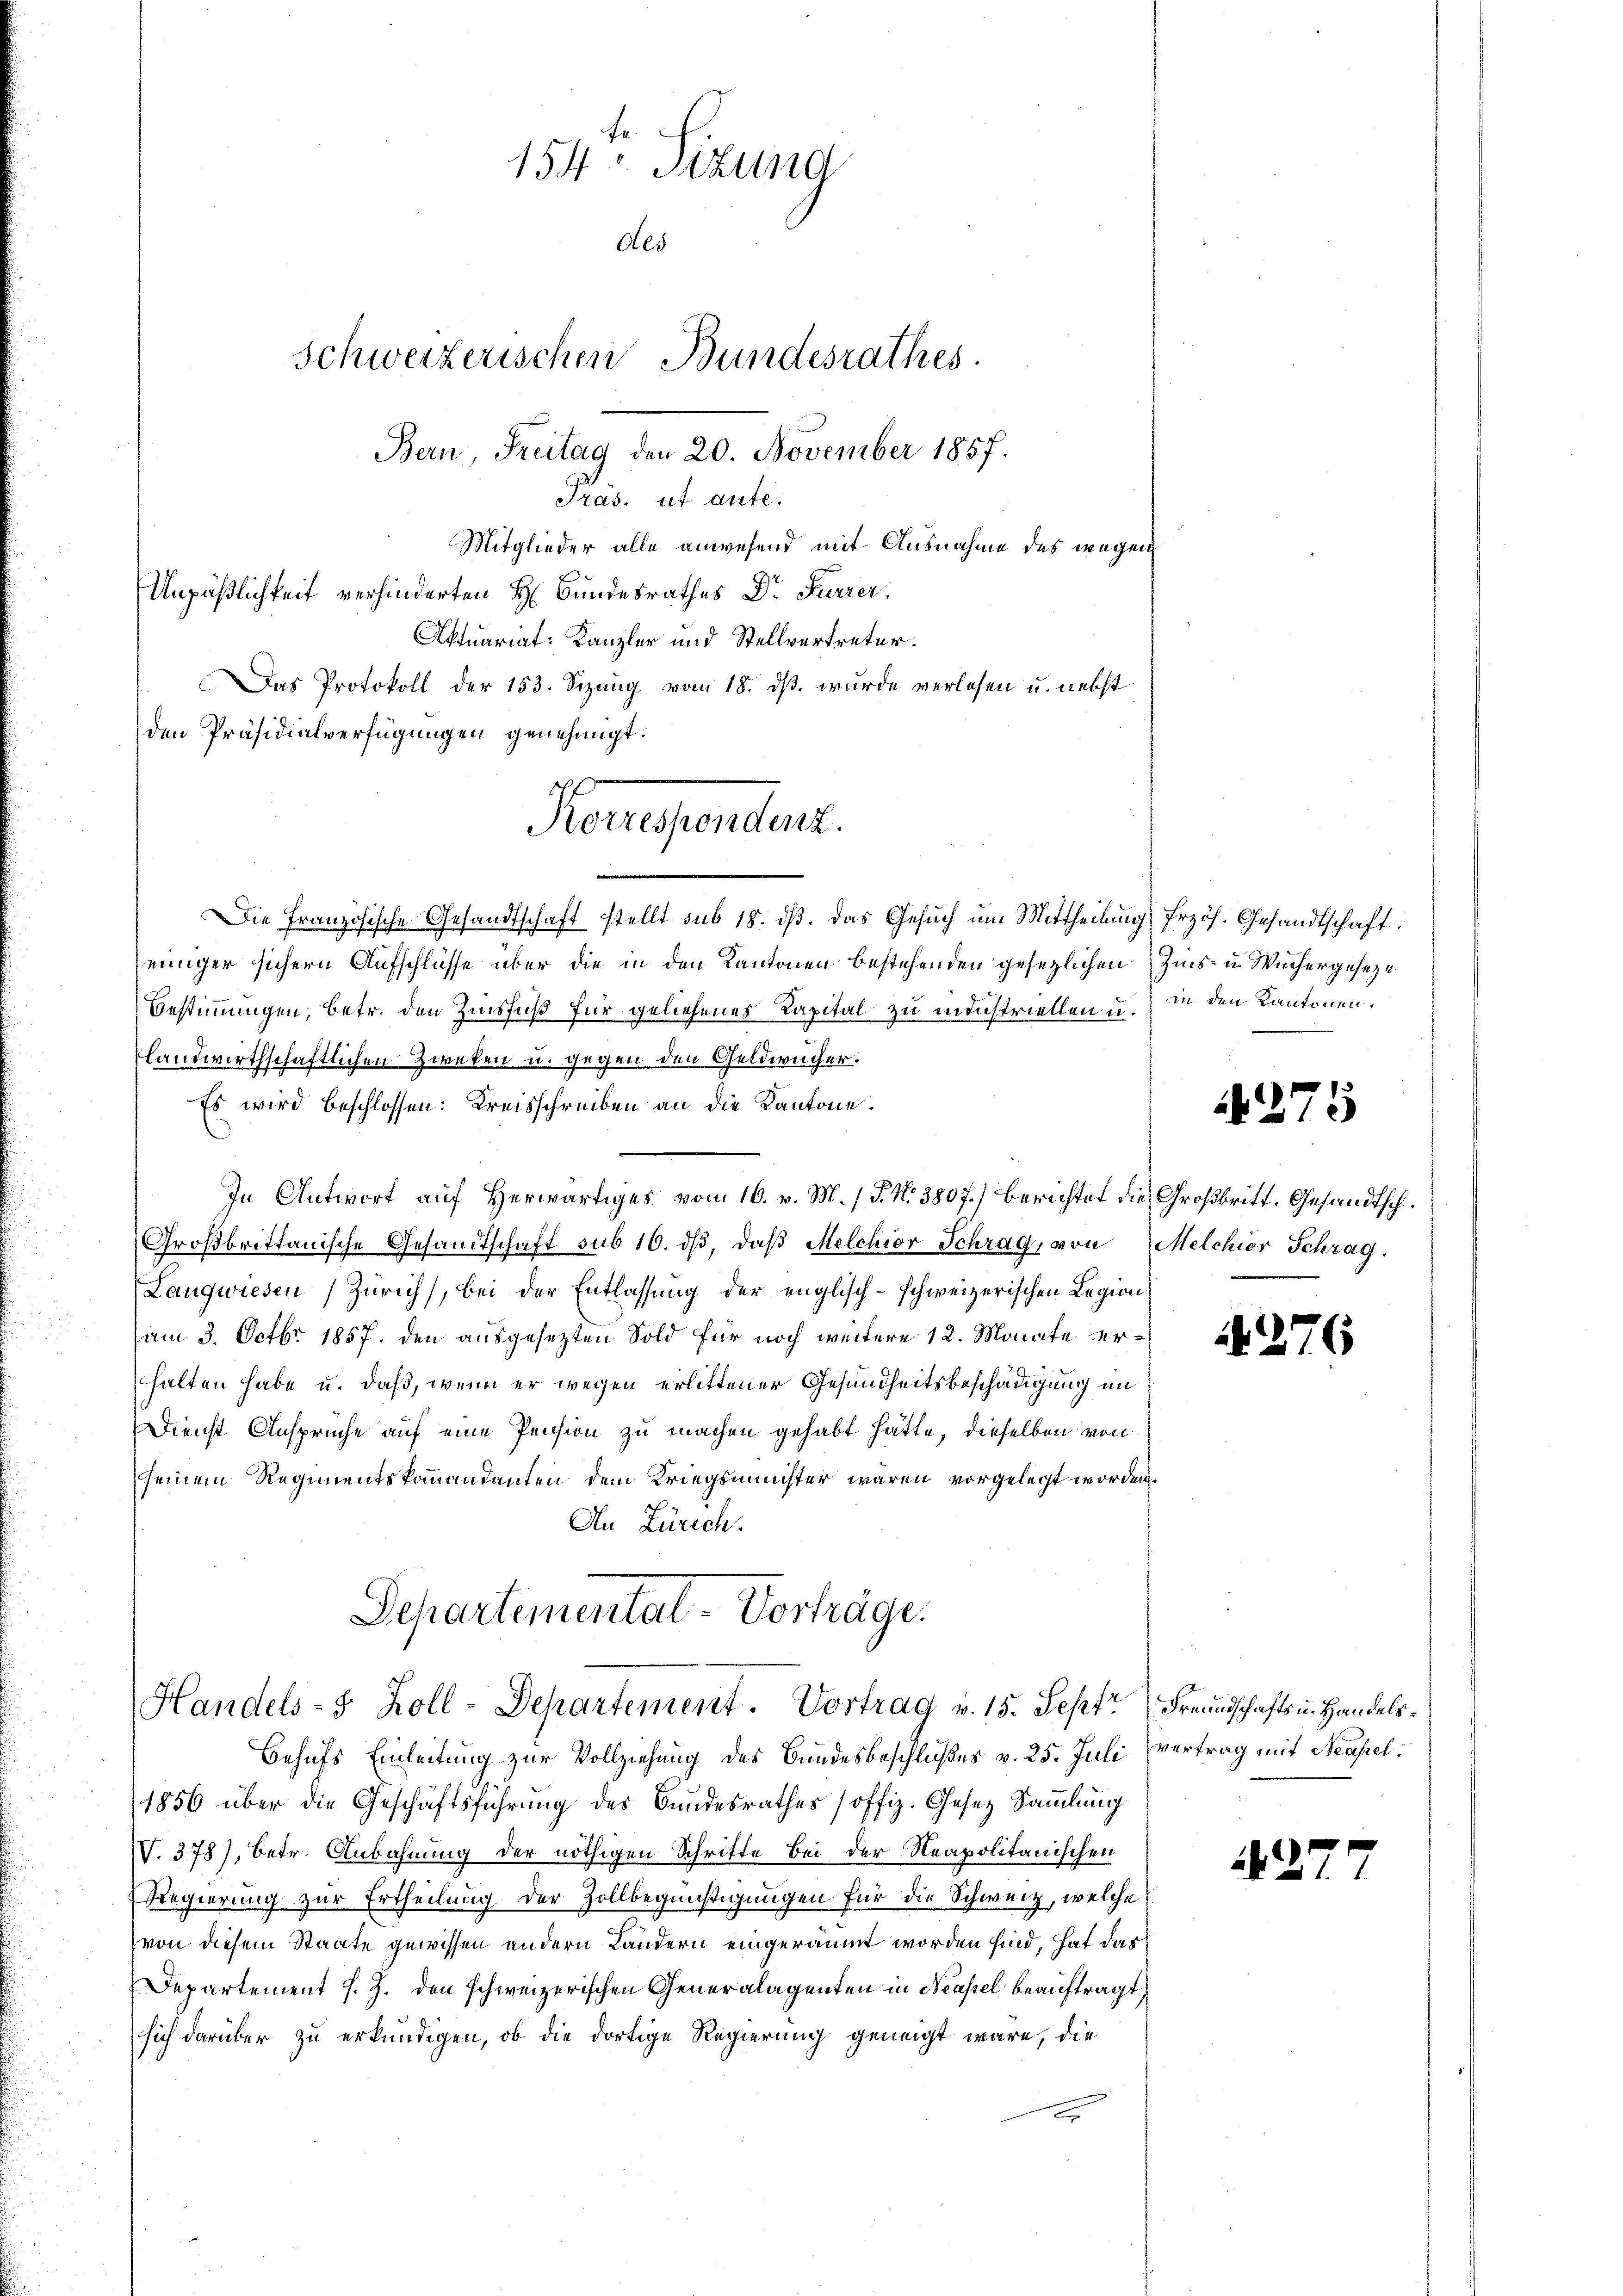
154: Sizung
Als
Schweizerischen Bundesrathes.
Bern, Freitag den 20. November 1857.
Präs. ut aute.

Mitglieder alle anwesend mit Ausnahme des wegen
Unpäßlichkeit verhinderten H. Bundesrathes Dr. Furrer.
Aktuariat: Kanzler und Stellvertreter.
Das Protokoll der 153. Sizung vom 18. ds. wurde verlesen u. nebst
den Präsidialverfügungen genehmigt.
Die Französische Gesandtschaft stellt sub 18. dβ. das Gesuch um Mittheilung frzös. Gesandtschaft
einiger sichern Aufschlüsse über die in den Kantonen bestehenden gesezlichen Zins- u Wuchergeseze
Bestimmungen, betr. den Zinsfuß für geliehenes Kapital zu industriellen u. in den Kantonen.
flandwirthschaftlichen Zweken u. gegen den Geldwucher.
Es wird beschlossen: Kreisschreiben an die Kantone.
In Antwort auf Herwärtiges vom 16. v. M. P. Nr. 3807) berichtet die Großbritt. Gesandtsch¬
Großbrittanische Gesandtschaft sub 16. dβ, daβ Melchior Schrag, von Melchior Schrag.
Langwiesen (Zürich), bei der Entlassung der englisch-schweizerischen Legion
(am 3. Octbr. 1857. den ausgesezten Sold für noch weitere 12. Monate erhalten habe u. daß, wenn er wegen erlittener Gesundheitsbeschädigung im
Dienst Ansprüche auf eine Pension zu machen gehabt hätte, dieselben von
seinem Regimentskommandanten dem Kriegsminister wären vorgelegt worden.
An Zürich.
Separtemental Vorträge.

Konesendent.

Handels- 5 Zoll-Departement. Vortrag v. 15. Sept Freundschafts u. Handels¬

Behufs Einleitung zur Vollziehung des Bundesbeschlußes v. 25. Juli vertrag mit Neapel.
1856 über die Geschäftsführŭng des Bundesrathes (offiz. Gesez Sammlung
V. 378), betr. Anbahnung der nöthigen Schritte Bei der Neapolitanischen
Regierung zur Ertheilung der Zollbegünstigungen für die Schweiz, welche
von diesem Staate gewissen andern Ländern eingeräumt worden sind, hat das
Departement J. J. den schweizerischen Generalagenten in Neapel beauftragt,
sich darüber zu erkundigen, ob die dortige Regierung geneigt wäre, die
c

275

N 276

27.